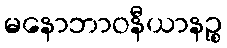
မနောဘာဝနီယာနဉ္စ